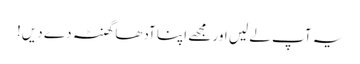
یہ آپ لے لیں اور مجھے اپنا آدھا گھنٹہ دے دیں!